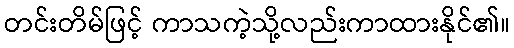
တင်းတိမ်ဖြင့် ကာသကဲ့သို့လည်းကာထားနိုင်၏။